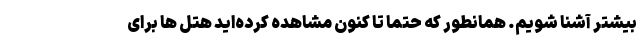
بیشتر آشنا شویم. همانطور که حتما تا کنون مشاهده کرده‌اید هتل ها برای